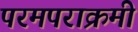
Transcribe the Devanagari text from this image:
परमपराक्रमी